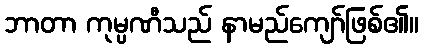
ဘာတာ ကုမ္ပဏီသည် နာမည်ကျော်ဖြစ်၏။